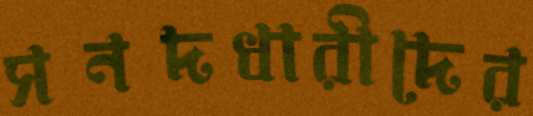
সনদধারীদের